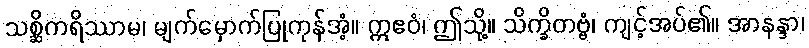
သစ္ဆိကရိဿာမ၊ မျက်မှောက်ပြုကုန်အံ့။ ဣဧဝံ၊ ဤသို့။ သိက္ခိတဗ္ဗံ၊ ကျင့်အပ်၏။ အာနန္ဒာ၊